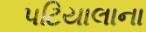
પટિયાલાના